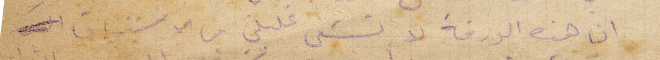
ان هذه الورقة لا تشفي غليلي من الاشتياق